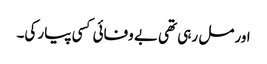
اور مل رہی تھی بے وفائی کسی پیار کی۔